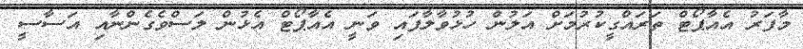
މާފަރު އެއާޕޯޓް ތަރައްގީކުރުމަށް އަލުން ހުޅުވާލާފައި ވަނީ އެއާޕޯޓް އެޅުން ލަސްވެގެންނާއި އަސާސީ